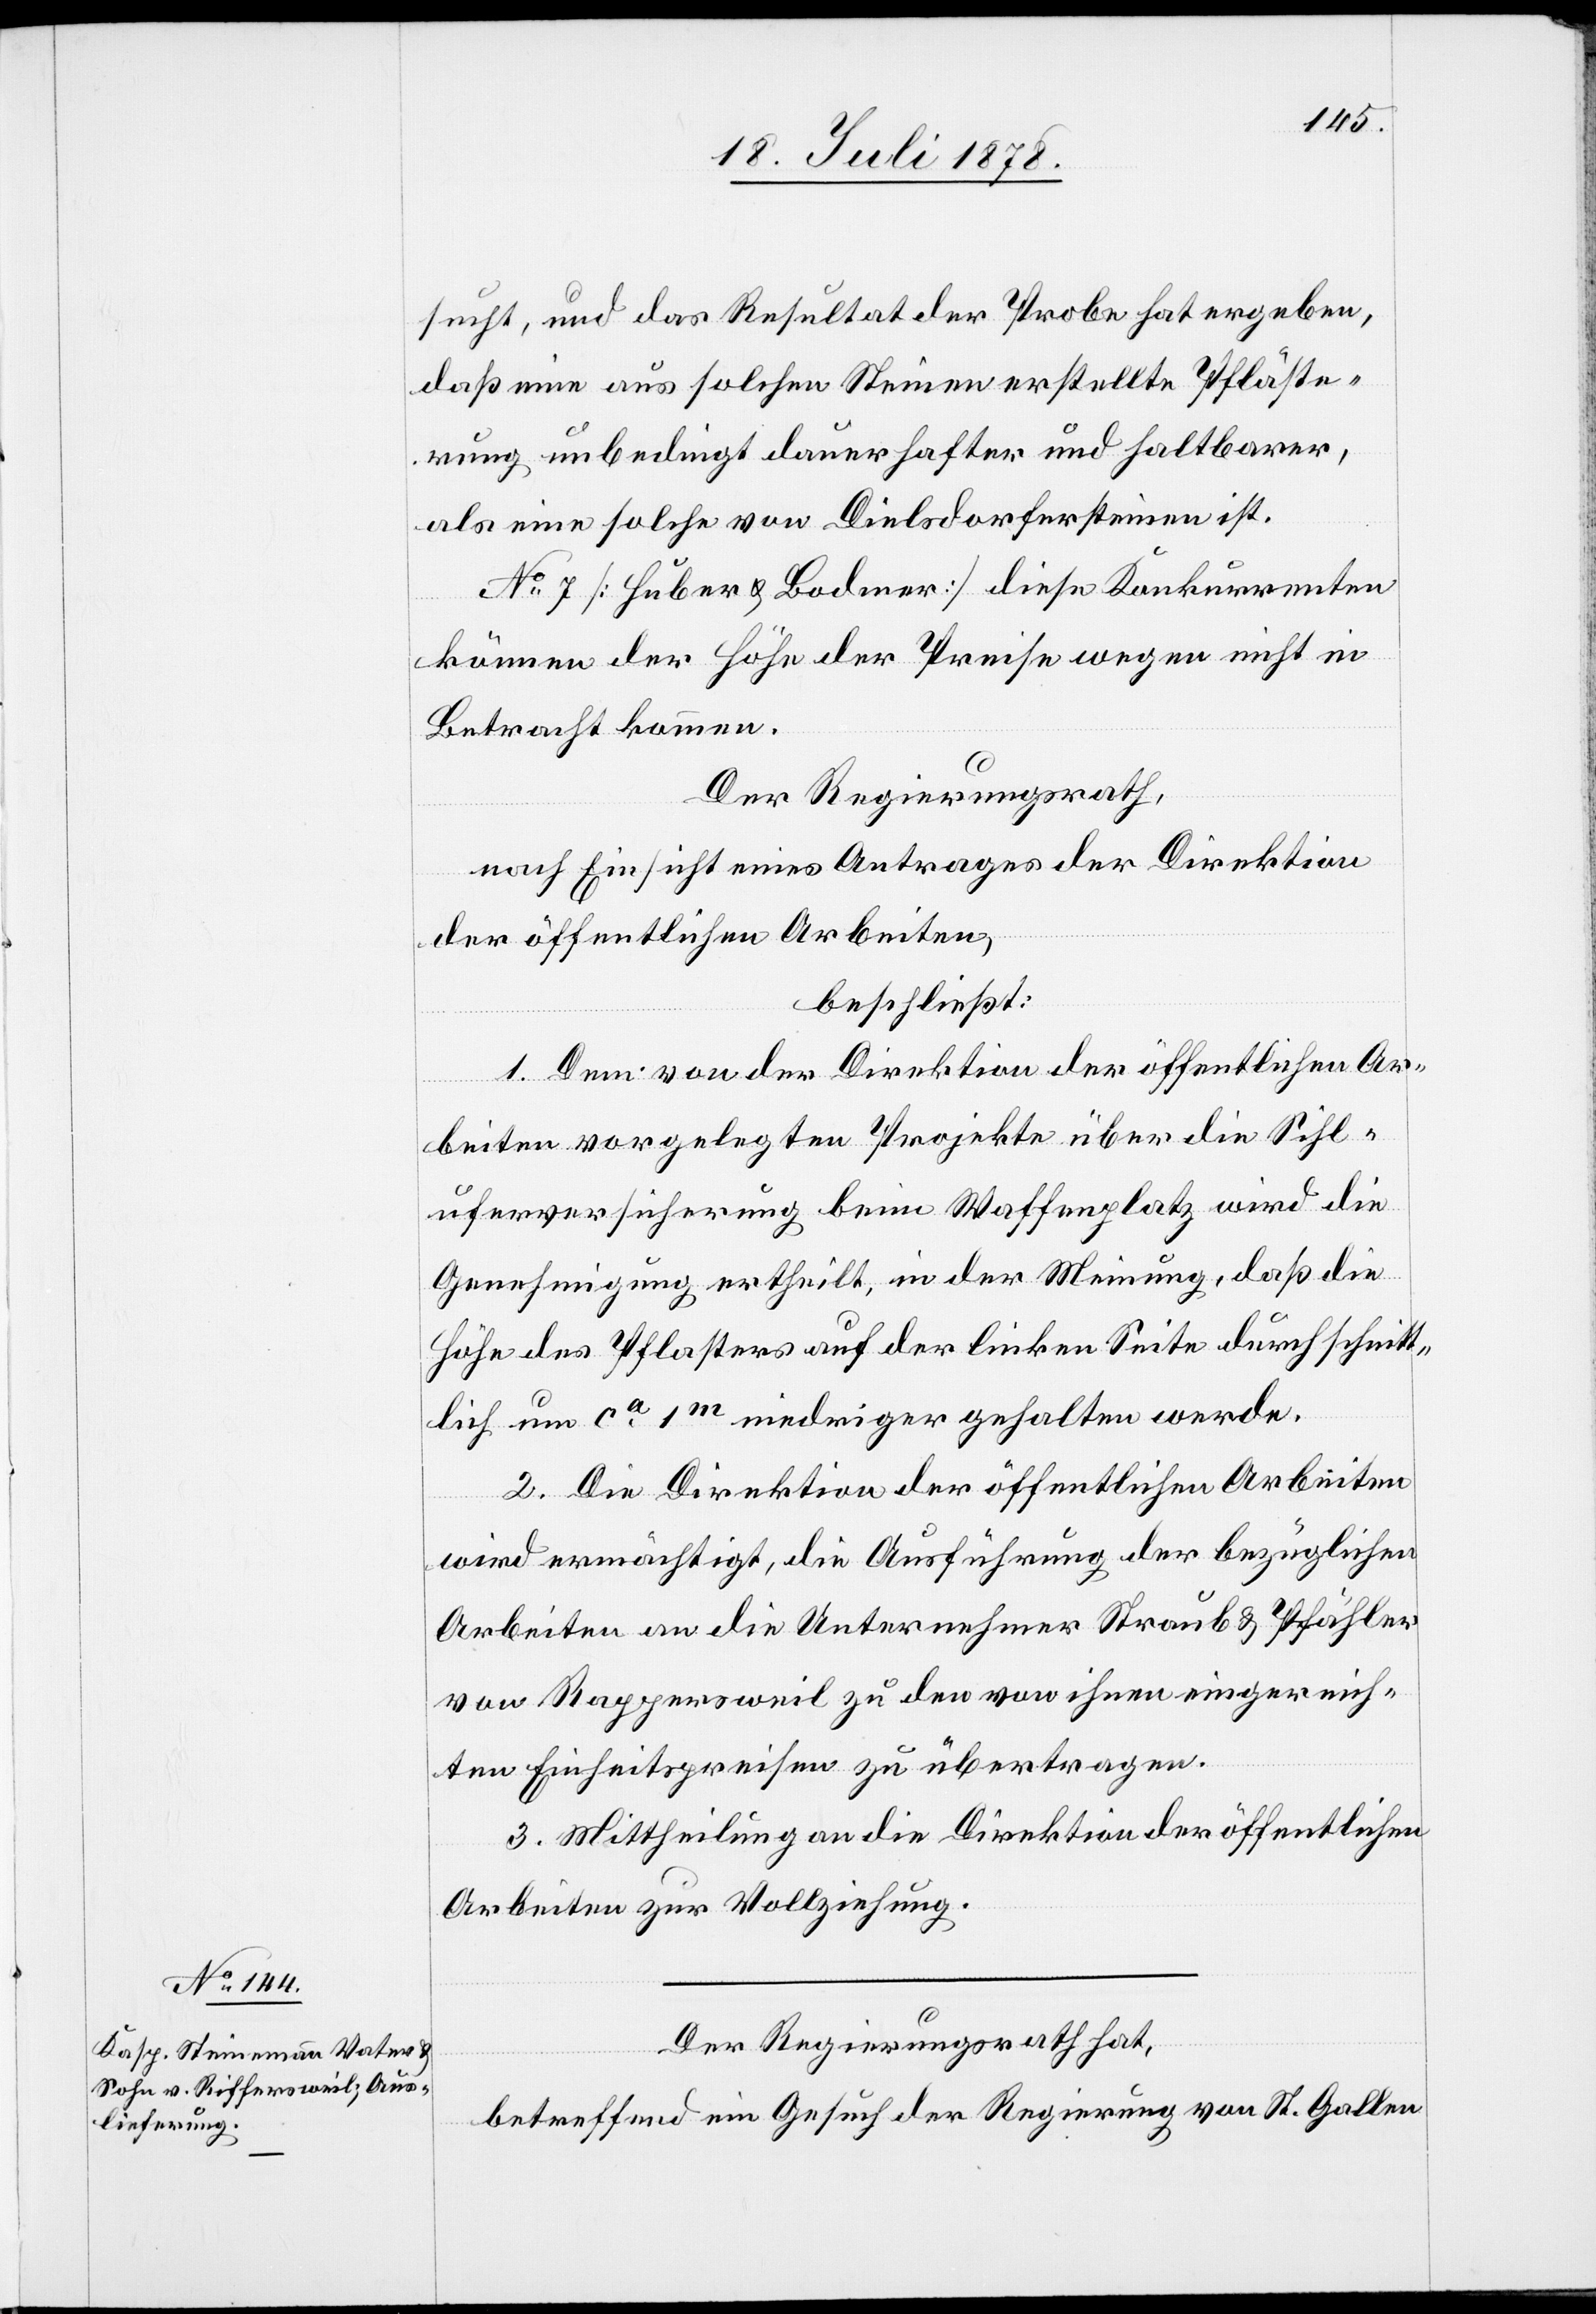
sucht, und das Resultat der Probe hat ergeben,
daß eine aus solchen Steinen erstellte Pfläste¬
rung unbedingt dauerhafter und haltbarer,
als eine solche von Dielsdorfersteinen ist.
No 7 [Huber & Bodmer] diese Konkurrenten
können der Höhe der Preise wegen nicht in
Betracht kommen.
Der Regierungsrath,
nach Einsicht eines Antrages der Direktion
der öffentlichen Arbeiten,
beschließt:
1. Dem von der Direktion der öffentlichen Ar¬
beiten vorgelegten Projekte über die Sihl¬
uferversicherung beim Waffenplatz wird die
Genehmigung ertheilt, in der Meinung, daß die
Höhe des Pflasters auf der linken Seite durchschnitt¬
lich um ca 1m niedriger gehalten werde.
2. Die Direktion der öffentlichen Arbeiten
wird ermächtigt, die Ausführung der bezüglichen
Arbeiten an die Unternehmer Straub & Pfähler
von Rappersweil zu den von ihnen eingereich¬
ten Einheitspreisen zu übertragen.
3. Mittheilung an die Direktion der öffentlichen
Arbeiten zur Vollziehung.
Der Regierungsrath hat,
betreffend ein Gesuch der Regierung von St. Gallen